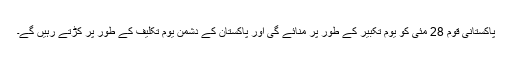
پاکستانی قوم 28 مئی کو یوم تکبیر کے طور پر منائے گی اور پاکستان کے دشمن یوم تکلیف کے طور پر کڑتے رہیں گے۔